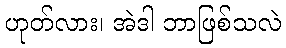
ဟုတ်လား၊ အဲဒါ ဘာဖြစ်သလဲ